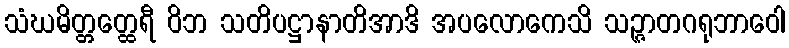
သံဃမိတ္တတ္ထေရီ ဝိဘ သတိပဋ္ဌာနာတိအာဒိ အပလောကေသိ သဉ္ဇာတဂရုဘာဝေါ